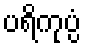
ပရိကုပ္ပံ